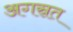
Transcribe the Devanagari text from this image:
अगस्रत